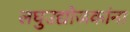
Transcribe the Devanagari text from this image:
लघुउद्योजकांना